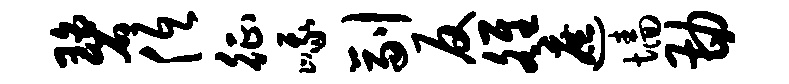
碧低征峨副反雒遮墙勘